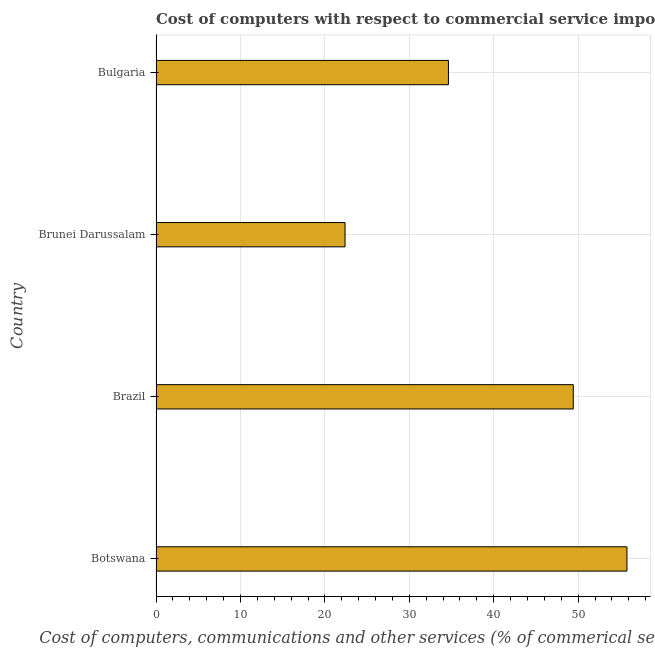
| Country | Computer |
 | --- | --- |
 | Botswana | 55.8 |
 | Brazil | 49.4 |
 | Brunei Darussalam | 22.4 |
 | Bulgaria | 34.6 |